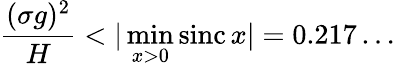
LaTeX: \frac{(\sigma g)^{2}}{H}<|\operatorname*{min}_{x>0}\operatorname{sinc}x|=0.217\dots